Annual administration report of the Civil Veterinary Department of India - 1897-1898
Year: 1897
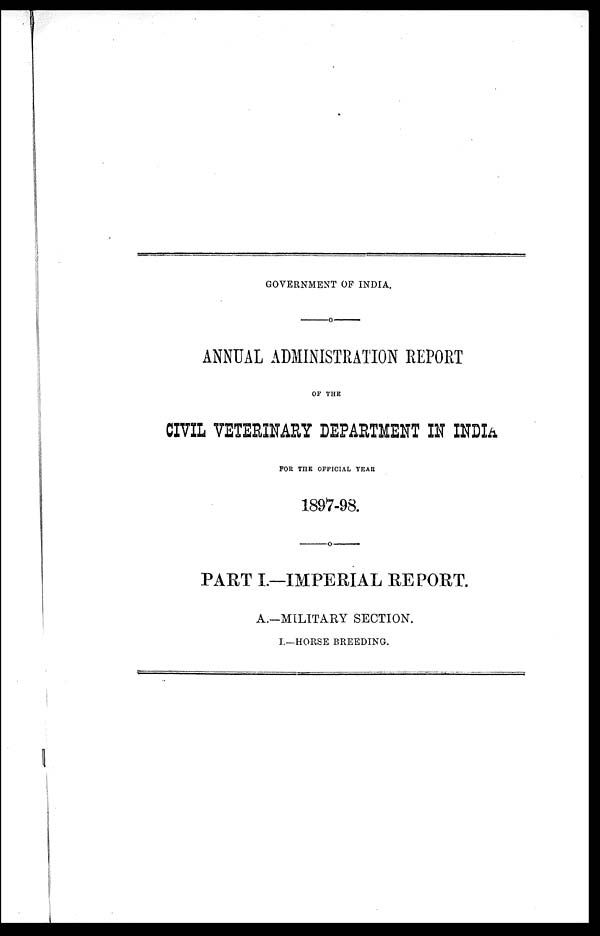
GOVERNMENT OF INDIA.
—o—
ANNUAL ADMINISTRATION REPORT
OF THE
CIVIL VETERINARY DEPARTMENT IN INDIA
FOR THE OFFICIAL YEAR
1897-98.
—o—
PART I.—IMPERIAL REPORT.
A.—MILITARY SECTION.
I.—HORSE BREEDING.